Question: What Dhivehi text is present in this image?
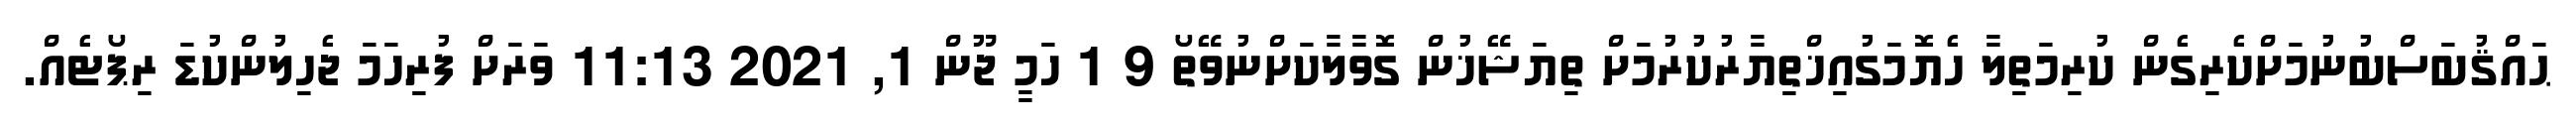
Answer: ޙައްޤުބަސްބުނުމަށްކެރިގެން ކުރިމަތިލާ ހެޔޮމަގުއިޚްތިޔާރުކުރުމަށް ތިޔަޝޭޚުން ގޮވާލާކަށްނުވޭތޯ 9 1 ހަމީ ޖޫން 1, 2021 11:13 ވަރަށް ފުރިހަމަ ޖެހިލުންކުޑަ ރިޕޯޓެއް.